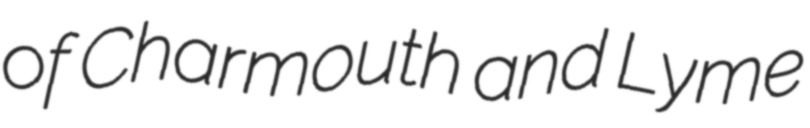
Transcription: of Charmouth and Lyme